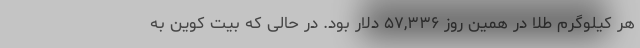
هر کیلوگرم طلا در همین روز ۵۷,۳۳۶ دلار بود. در حالی که بیت کوین به